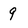
Character: 9